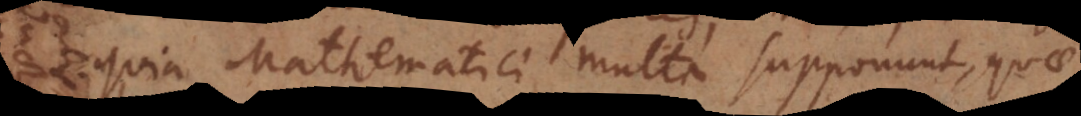
quia Mathematici multa supponunt, quae